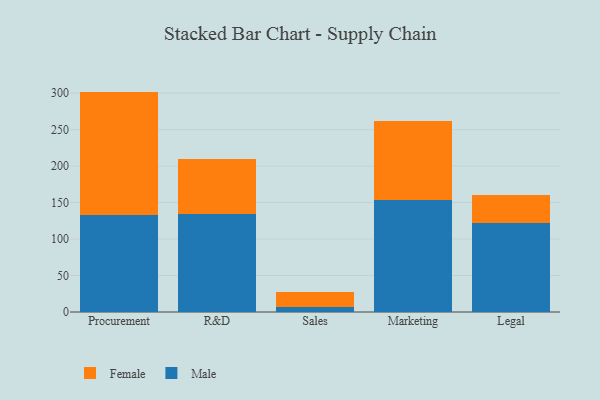
{"axis": {"x": "Department", "y": "Population (Million)"}, "legend": ["Female", "Male"], "data": [{"x": "Procurement", "y": 132.7, "type": "Male"}, {"x": "Procurement", "y": 169.4, "type": "Female"}, {"x": "R&D", "y": 134.0, "type": "Male"}, {"x": "R&D", "y": 76.1, "type": "Female"}, {"x": "Sales", "y": 7.5, "type": "Male"}, {"x": "Sales", "y": 19.9, "type": "Female"}, {"x": "Marketing", "y": 153.0, "type": "Male"}, {"x": "Marketing", "y": 108.7, "type": "Female"}, {"x": "Legal", "y": 122.2, "type": "Male"}, {"x": "Legal", "y": 38.3, "type": "Female"}]}